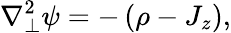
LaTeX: \nabla_{\perp}^{2}\psi=-\left(\rho-J_{z}\right),